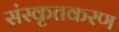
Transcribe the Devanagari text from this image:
संस्कृतकरण